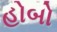
હોબો